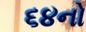
૬૪નો